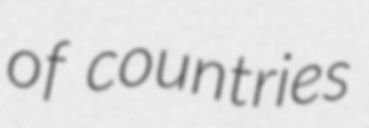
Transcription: of countries